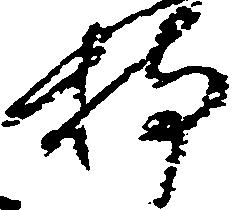
持